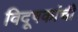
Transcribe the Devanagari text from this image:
विदूषकांची